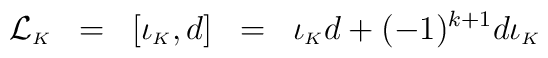
{\cal L}_{\scriptscriptstyle K}\;\;=\;\;[\iota_{\scriptscriptstyle K},d]\;\;=\;\;\iota_{\scriptscriptstyle K}d+(-1)^{k+1}d\iota_{\scriptscriptstyle K}